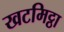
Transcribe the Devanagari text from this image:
खटमिट्ठा